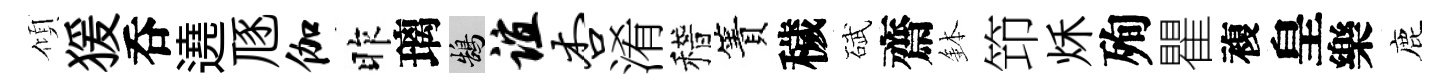
傾猨呑遶豗伽昨璃鵠谊杏淆稽簀穢碔齋鉢笻秌殉瞿複皇樂鹿